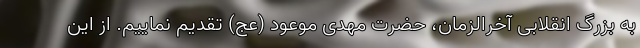
به بزرگ انقلابی آخرالزمان، حضرت مهدی موعود (عج) تقدیم نماییم. از این